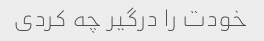
خودت را درگیر چه کردی